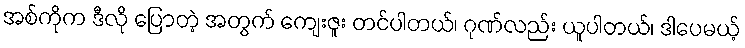
အစ်ကိုက ဒီလို ပြောတဲ့ အတွက် ကျေးဇူး တင်ပါတယ်၊ ဂုဏ်လည်း ယူပါတယ်၊ ဒါပေမယ့်